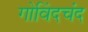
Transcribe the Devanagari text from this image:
गोविंदचंद